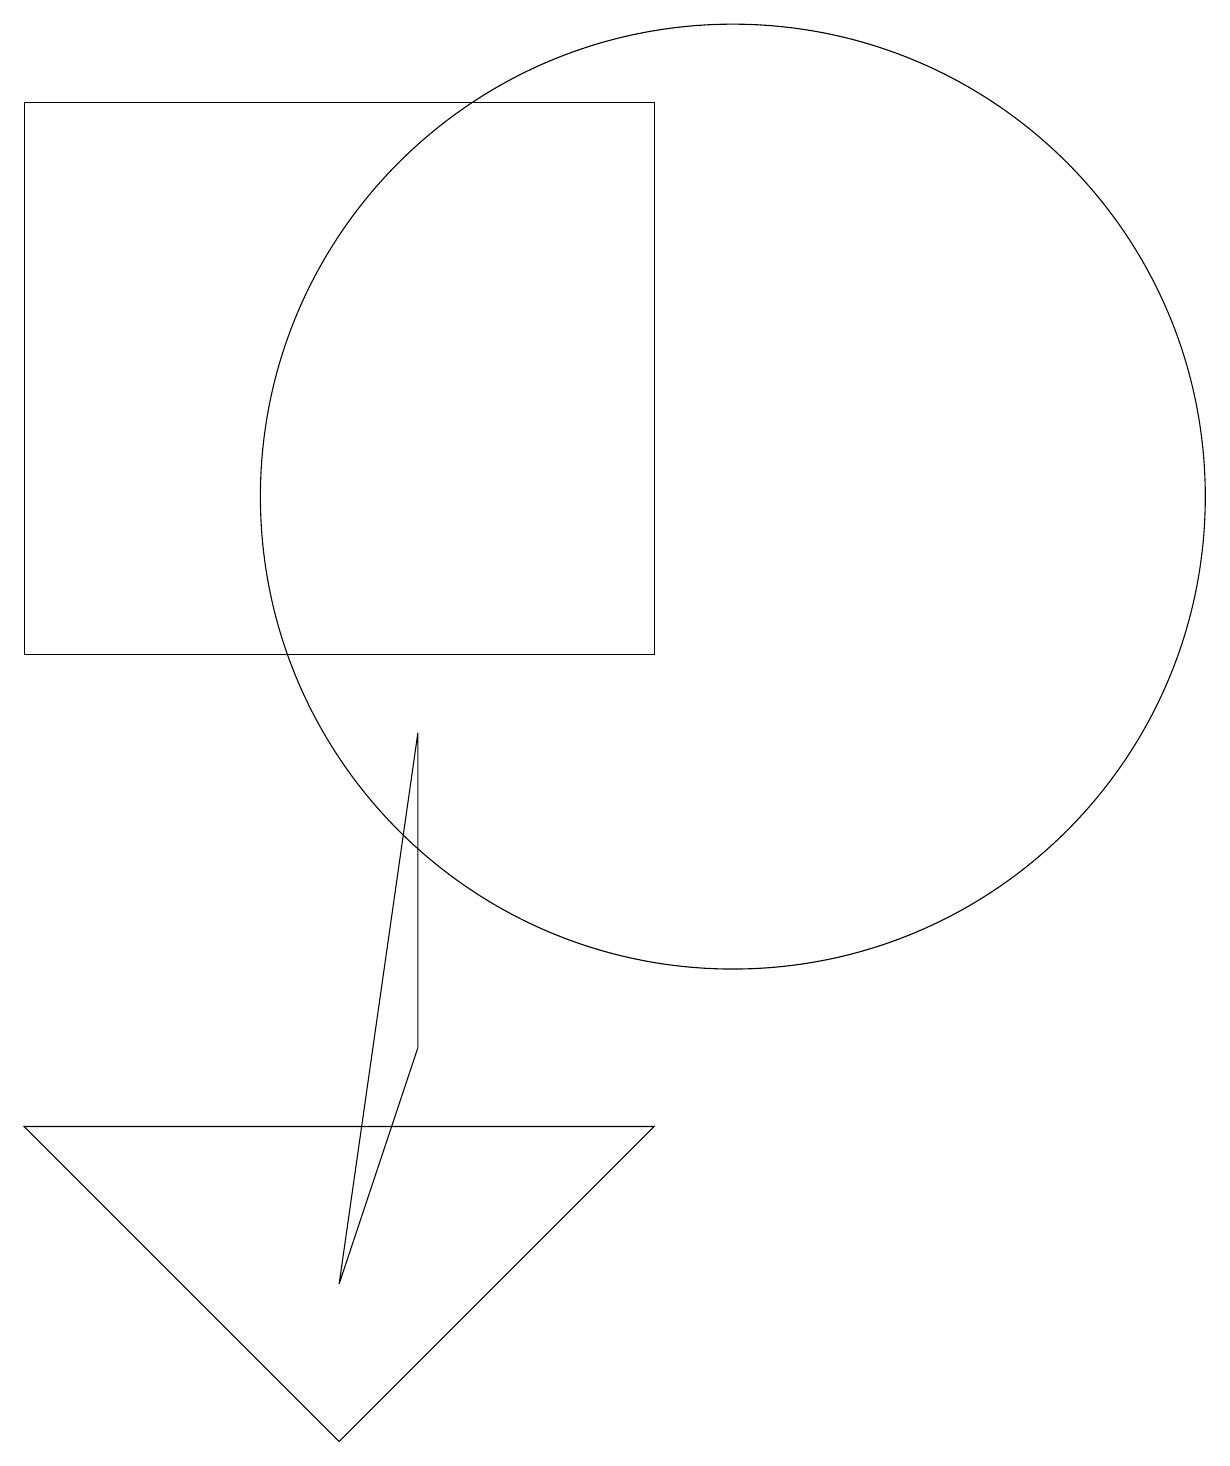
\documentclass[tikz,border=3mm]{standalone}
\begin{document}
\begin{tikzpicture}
\draw (10,12) circle (6);
\draw (6,5) -- (6,9) -- (5,2) -- cycle;
\draw (5,0) -- (9,4) -- (1,4) -- cycle;
\draw (9,10) rectangle (1,17);
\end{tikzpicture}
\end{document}